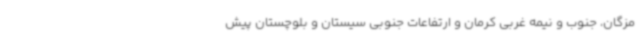
مزگان، جنوب و نیمه غربی کرمان و ارتفاعات جنوبی سیستان و بلوچستان پیش